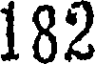
182